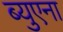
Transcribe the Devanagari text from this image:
ब्युएना